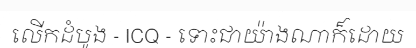
លើកដំបូង - ICQ - ទោះជាយ៉ាងណាក៏ដោយ